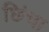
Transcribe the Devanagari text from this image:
छिंचा